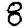
Digit: 8